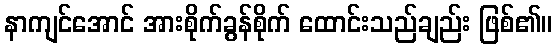
နာကျင်အောင် အားစိုက်ခွန်စိုက် ထောင်းသည်ချည်း ဖြစ်၏။